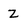
Character: z